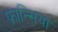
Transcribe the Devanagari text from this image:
फ्रान्सिया